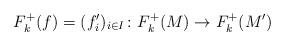
LaTeX: \begin{align*} F_k^+(f) = (f_i')_{i\in I} \colon F_k^+(M) \rightarrow F_k^+(M')\end{align*}